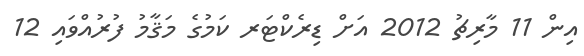
އިން 11 މާރިޗު 2012 އަށް ޑިރެކްޓަރ ކަމުގެ މަޤާމު ފުރުއްވައި 12